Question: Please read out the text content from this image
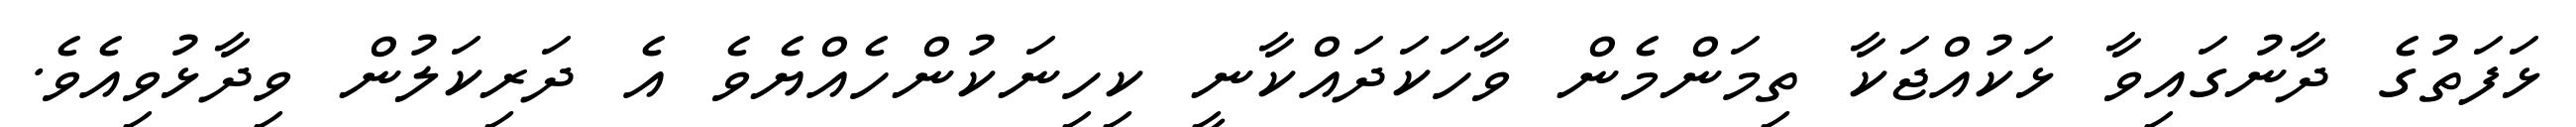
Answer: ޅަފަތުގެ ދާނުގައިވާ ޅަކުއްޖަކާ ތިމަންމެން ވާހަކަދައްކާނީ ކިހިނަކުންހެއްޔެވެ އެ ދަރިކަލުން ވިދާޅުވިއެވެ.